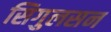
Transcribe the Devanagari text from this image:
सिगुलसन